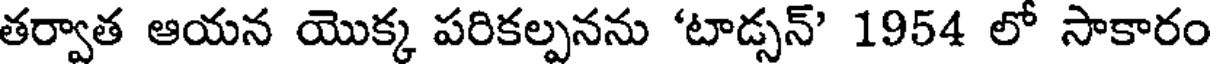
తర్వాత ఆయన యొక్క పరికల్పనను 'టాడ్సన్' 1954 లో సాకారం